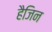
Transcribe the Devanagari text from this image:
हैजिन